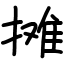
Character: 摊